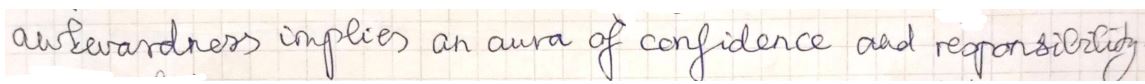
awkwardness implies an aura of confidence and responsibility